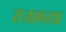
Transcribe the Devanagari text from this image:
राजाभय्या